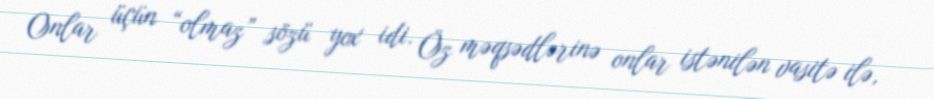
Onlar üçün “olmaz” sözü yox idi. Öz məqsədlərinə onlar istənilən vasitə ilə,